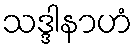
သဒ္ဒါနာဟံ